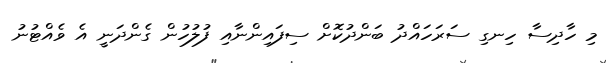
މި ހާދިސާ ހިނގި ސަރަހައްދު ބަންދުކޮށް ސިފައިންނާއި ފުލުހުން ގެންދަނީ އެ ވެއްޓުނު